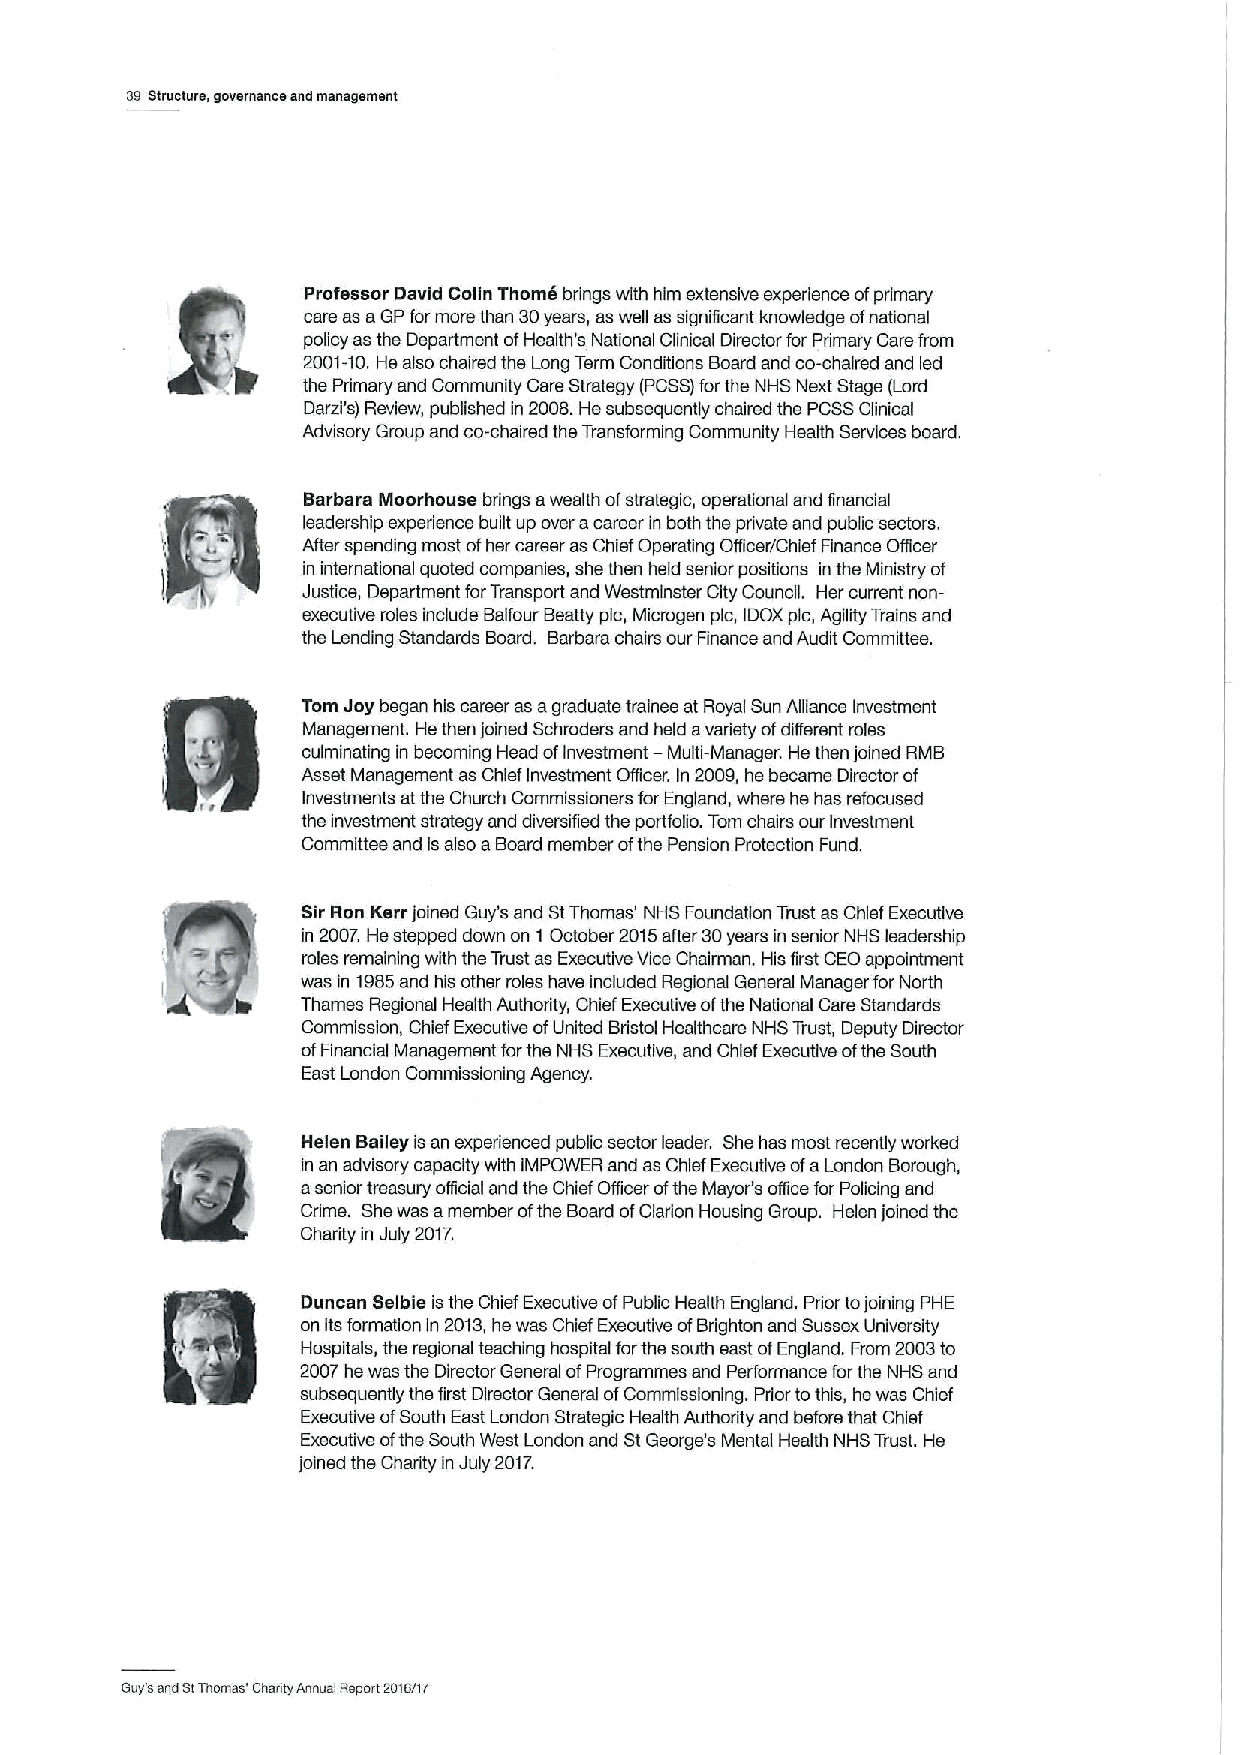
33Structure, gouemance and management
 Professor David Colin Thorns brings with him extensive experience ofprimary
 care as aGPformore than 30years, as well as significant knowledge ofnational
 policy as the Department ofHealth's National Clinical Director for Primary Care from
 2001-10.He also chaired the Long Term Conditions Board and co-chaired and led
 the Primary and Community Care Strategy (PCSS)forthe NHS Next Stage (Lord
 Darzi'3) Review, published in 2008.He subsequently chaired the PCSSClinical
 Advisory Group and co-chaired the Transforming Community Health Services board.
 Barbara Moorhouse brings awealth ofstrategic, operational and financial
 leadership experience built up over acareer in both the private and public sectors.
 1  b     After spending most ofher career as Chief Operating Officer/Chief Finance Officer
 in international quoted companies, she then held senior positions in the Ministry of
 Justice, Department forTransport and Westminster City Council. Her current non-
 executive roles include Balfour Beatty pic, Microgen pic, IDOXpic, Agility Trains and
 the Lending Standards Board. Barbara chairs our Finance and Audit Committee.
 Tom Joybegan his career as agraduate trainee at Royal Sun Alliance investment
 Management. He then joined Schroders and held avariety ofdifferent roles
 culminating in becoming Head ofinvestment — Multi-Manager. He then joined RMB
 Asset Management as Chief Investment Oflicer. In 2009,he became Director of
 Investments at the Church Commissioners for England, where he has refocused
 the investment strategy and diversified the portfolio. Tom chairs our Investment
 Committee and is also aBoard member ofthe Pension Protection Fund.
 Sir Ron Kerr joined Guy's and StThomas' NHS Foundation Trust as Chief Executive
 in 2007.He stepped down on 1 October 2015after 30years in senior NHS leadership
 roles remaining with the Trust as Executive ViceChairman. His first CEOappointment
 was in 1985and his other roles have included Regional General Manager for North
 Thames Regional Health Authority, Chief Executive ofthe National Care Standards
 Commission, Chief Executive ofUnited Bristol Healthcare NHS Trust, Deputy Director
 ofFinancial Management forthe NHS Executive, and Chief Executive ofthe South
 East London Commissioning Agency.
 Helen Bailey isan experienced public sector leader. She has most recently worked
 in an advisory capacity with iMPOWER and as Chief Executive ofaLondon Borough,
 asenior treasury oflicial and the Chief Officer ofthe Mayor's officefor Policing and
 Crime. Shewas amember ofthe Board ofClaiion Housing Group. Helen joined the
 Charity in July 2017,
 Duncan Selbie isthe Chief Executive ofPublic Health England. Prior tojoining PHE
 on itsformation in 2013,he was Chief Executive ofBrighton and Sussex University
 Hospitals, the regional teaching hospital forthe south east ofEngland. From 2003to
 2007he was the Director General ofProgrammes and Performance forthe NHS and
 subsequently the first Director General ofCommissioning. Prior tothis, he was Chief
 Executive ofSouth East London Strategic Health Authority and before that Chief
 Executive ofthe South West London and StGeorge's Mental Health NHS Trust. He
 joined the Charity in July 2017.
 Guy's and StThomas' shanty Annual Report 2016/17